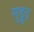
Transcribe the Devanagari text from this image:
सुद्दुृढ़